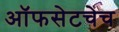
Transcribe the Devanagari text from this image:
ऑफसेटचेच